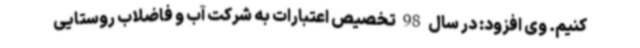
کنیم. وی افزود: در سال 98 تخصیص اعتبارات به شرکت آب و فاضلاب روستایی